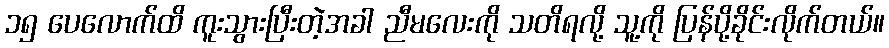
၁၅ ပေလောက်ထိ ကူးသွားပြီးတဲ့အခါ ညီမလေးကို သတိရလို့ သူ့ကို ပြန်ပို့ခိုင်းလိုက်တယ်။